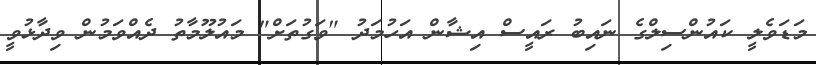
މަޑަވެލީ ކައުންސިލްގެ ނައިބު ރައީސް އިޝާން އަހުމަދު "ވަގުތަށް" މައުލޫމާތު ދެއްވަމުން ވިދާޅުވީ